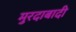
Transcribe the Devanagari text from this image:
मुरदाबादी